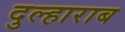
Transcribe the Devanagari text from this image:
दुल्हाराब